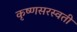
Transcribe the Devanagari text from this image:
कृष्णसरस्वती